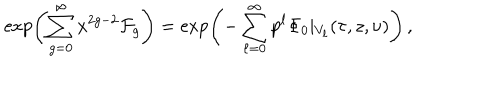
\exp \left( \sum _ { g = 0 } ^ { \infty } x ^ { 2 g - 2 } \mathcal { F } _ { g } \right) = \exp \left( - \sum _ { \ell = 0 } ^ { \infty } p ^ { \ell } \Phi _ { 0 } \vert _ { V _ { \ell } } ( \tau , z , \nu ) \right) \, ,